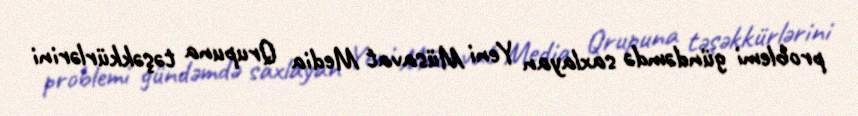
problemi gündəmdə saxlayan Yeni Müsavat Media Qrupuna təşəkkürlərini